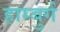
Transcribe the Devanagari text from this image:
हाम्बुर्ग